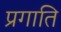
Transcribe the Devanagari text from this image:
प्रगाति